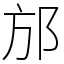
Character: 邡